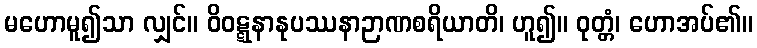
မဟောမူ၍သာ လျှင်။ ဝိဝဋ္ဋနာနုပဿနာဉာဏစရိယာတိ၊ ဟူ၍။ ဝုတ္တံ၊ ဟောအပ်၏။